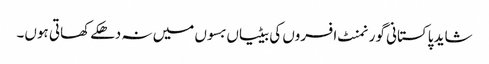
شاید پاکستانی گورنمنٹ افسروں کی بیٹیاں بسوں میں نہ دھکے کھاتی ہوں۔